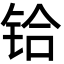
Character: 铪